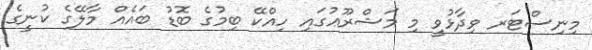
މިިނިސްޓަރ ވިދާޅުވީ މި މަޝްރޫޢުގައި ހިއްކޭ ބިމުގެ ބޮޑު ބައެއް މާލޭގެ ކުނީގެ